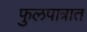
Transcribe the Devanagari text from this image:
फुलपात्रात